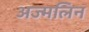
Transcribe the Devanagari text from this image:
अज्मलिन